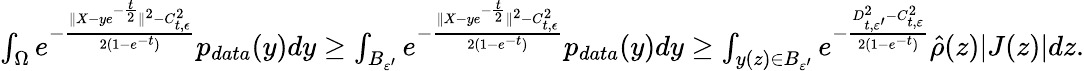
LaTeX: \begin{array}{r}{\int_{\Omega}e^{-\frac{\| X-ye^{-\frac{t}{2}}\| ^{2}-C_{t,\epsilon}^{2}}{2(1-e^{-t})}}p_{data}(y)dy\geq\int_{B_{\varepsilon^{\prime}}}e^{-\frac{\| X-ye^{-\frac{t}{2}}\| ^{2}-C_{t,\epsilon}^{2}}{2(1-e^{-t})}}p_{data}(y)dy\geq\int_{y(z)\in B_{\varepsilon^{\prime}}}e^{-\frac{D_{t,\varepsilon^{\prime}}^{2}-C_{t,\varepsilon}^{2}}{2(1-e^{-t})}}\hat{\rho}(z)|J(z)|dz.}\end{array}